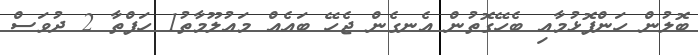
ބޮލުން ހަންފޮޅުމާއި ބެހޭގޮތުން އެނގެން ޖެހޭ ބައެއް މައުލޫމާތު1 ހަފްތާ 2 ދުވަސް